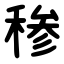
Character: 䅟